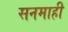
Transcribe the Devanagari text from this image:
सनमाही